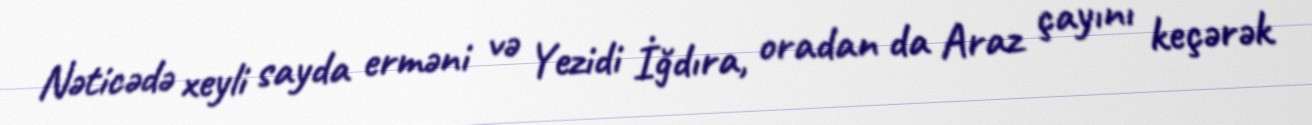
Nəticədə xeyli sayda erməni və Yezidi İğdıra, oradan da Araz çayını keçərək